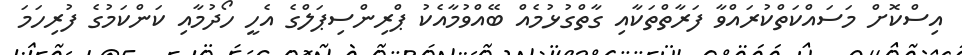
އިސްކޮށް މަސައްކަތްކުރައްވާ ފަރާތްތަކާއި ގާތްގުޅުމެއް ބޭއްވުމާއެކު ޕްރިންސިޕަލްގެ އެހީ ހޯދުމާއި ކަންކަމުގެ ފުރިހަމަ